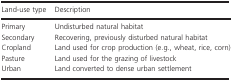
<table><thead><tr><td><b>Land‐use type</b></td><td><b>Description</b></td></tr></thead><tbody><tr><td>Primary</td><td>Undisturbed natural habitat</td></tr><tr><td>Secondary</td><td>Recovering, previously disturbed natural habitat</td></tr><tr><td>Cropland</td><td>Land used for crop production (e.g., wheat, rice, corn)</td></tr><tr><td>Pasture</td><td>Land used for the grazing of livestock</td></tr><tr><td>Urban</td><td>Land converted to dense urban settlement</td></tr></tbody></table>